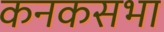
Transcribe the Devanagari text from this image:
कनकसभा